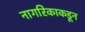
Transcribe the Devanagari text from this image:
नागरिकाकडून